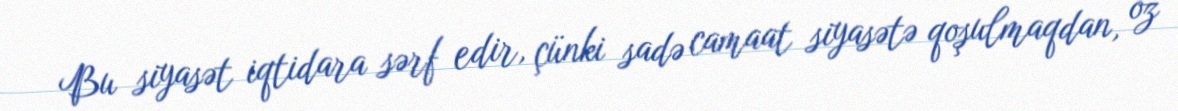
Bu siyasət iqtidara sərf edir, çünki sadə camaat siyasətə qoşulmaqdan, öz